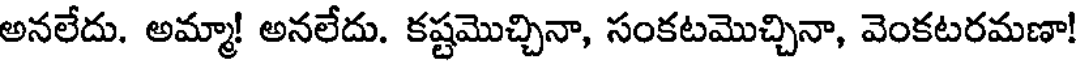
అనలేదు. అమ్మా! అనలేదు. కష్టమొచ్చినా, సంకటమొచ్చినా, వెంకటరమణా!